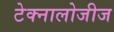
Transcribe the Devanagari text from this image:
टेक्नालोजीज